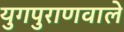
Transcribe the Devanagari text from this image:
युगपुराणवाले